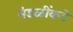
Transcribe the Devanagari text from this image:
मंडळींकडे